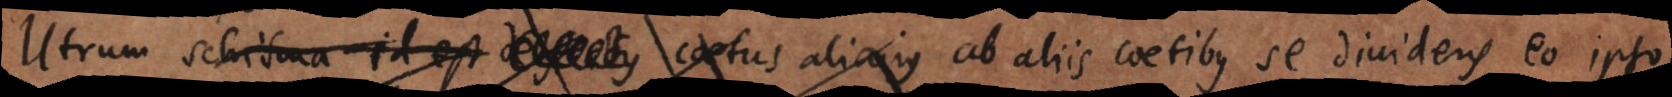
Utrum schisma id est defectus coetus alicujus ab aliis coetibus se dividens eo ips